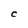
Character: c